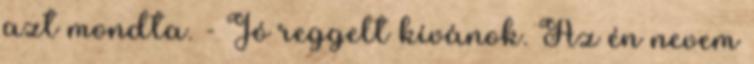
azt mondta. - Jó reggelt kívánok. Az én nevem